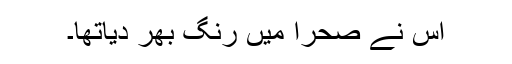
اس نے صحرا میں رنگ بھر دیاتھا۔